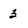
Character: 3